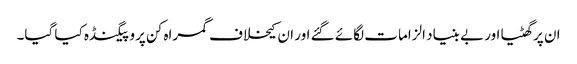
ان پر گھٹیا اور بے بنیاد الزامات لگائے گئے اور ان کیخلاف گمراہ کن پروپیگنڈہ کیا گیا۔